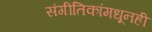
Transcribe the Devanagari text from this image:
संगीतिकांमधूनही